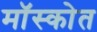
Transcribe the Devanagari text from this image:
मॉस्कोत